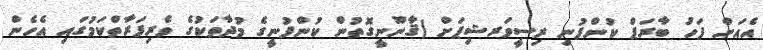
އެއަށް ފަހު ބާރަޕް ކުންފުނި ރިސީވަރޝިޕަށް (ޤާނޫނީގޮތުން ކުންފުނީގެ މުދާތަކުގެ ވެރިފަރާތްކަމުގައި އެހެން